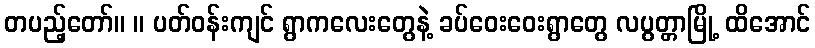
တပည့်တော်။ ။ ပတ်ဝန်းကျင် ရွာကလေးတွေနဲ့ ခပ်ဝေးဝေးရွာတွေ လပွတ္တာမြို့ ထိအောင်